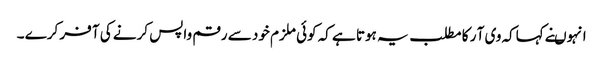
انہوںنے کہاکہ وی آ ر کا مطلب یہ ہوتا ہے کہ کوئی ملزم خود سے رقم واپس کرنے کی آ فر کرے ۔